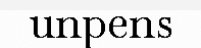
unpens